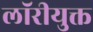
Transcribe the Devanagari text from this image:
लॉरीयुक्त